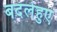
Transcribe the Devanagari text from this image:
बदलेहुए